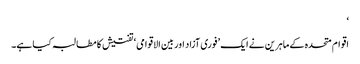
‘
اقوام متحدہ کے ماہرین نے ایک ’فوری آزاد اور بین الاقوامی‘ تفتیش کا مطالبہ کیا ہے۔